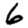
Digit: 6